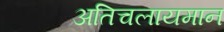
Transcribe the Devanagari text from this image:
अतिचलायमान